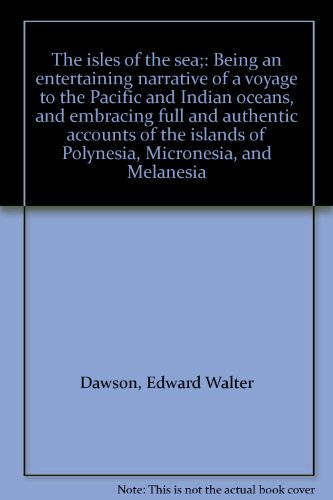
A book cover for The isles of the sea;: Being an entertaining narrative of a voyage to the Pacific and Indian oceans, and embracing full and authentic accounts of the islands of Polynesia, Micronesia, and Melanesia; Edward Walter Dawson; Travel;